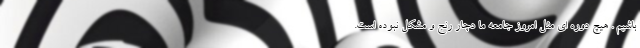
باشیم . هیچ دوره ای مثل امروز جامعه ما دچار رنج و مشکل نبوده است.